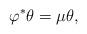
LaTeX: \begin{align*}\varphi^*\theta=\mu\theta,\end{align*}